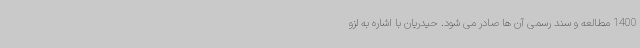
1400 مطالعه و سند رسمی آن ها صادر می شود. حیدریان با اشاره به لزو